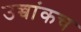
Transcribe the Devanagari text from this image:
उच्चांकच